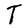
Character: T